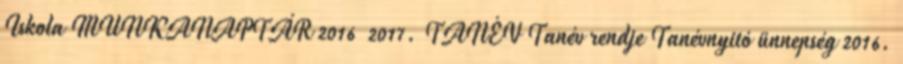
Iskola MUNKANAPTÁR 2016 2017. TANÉV Tanév rendje Tanévnyitó ünnepség 2016.